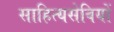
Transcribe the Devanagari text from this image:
साहित्यसेवियों